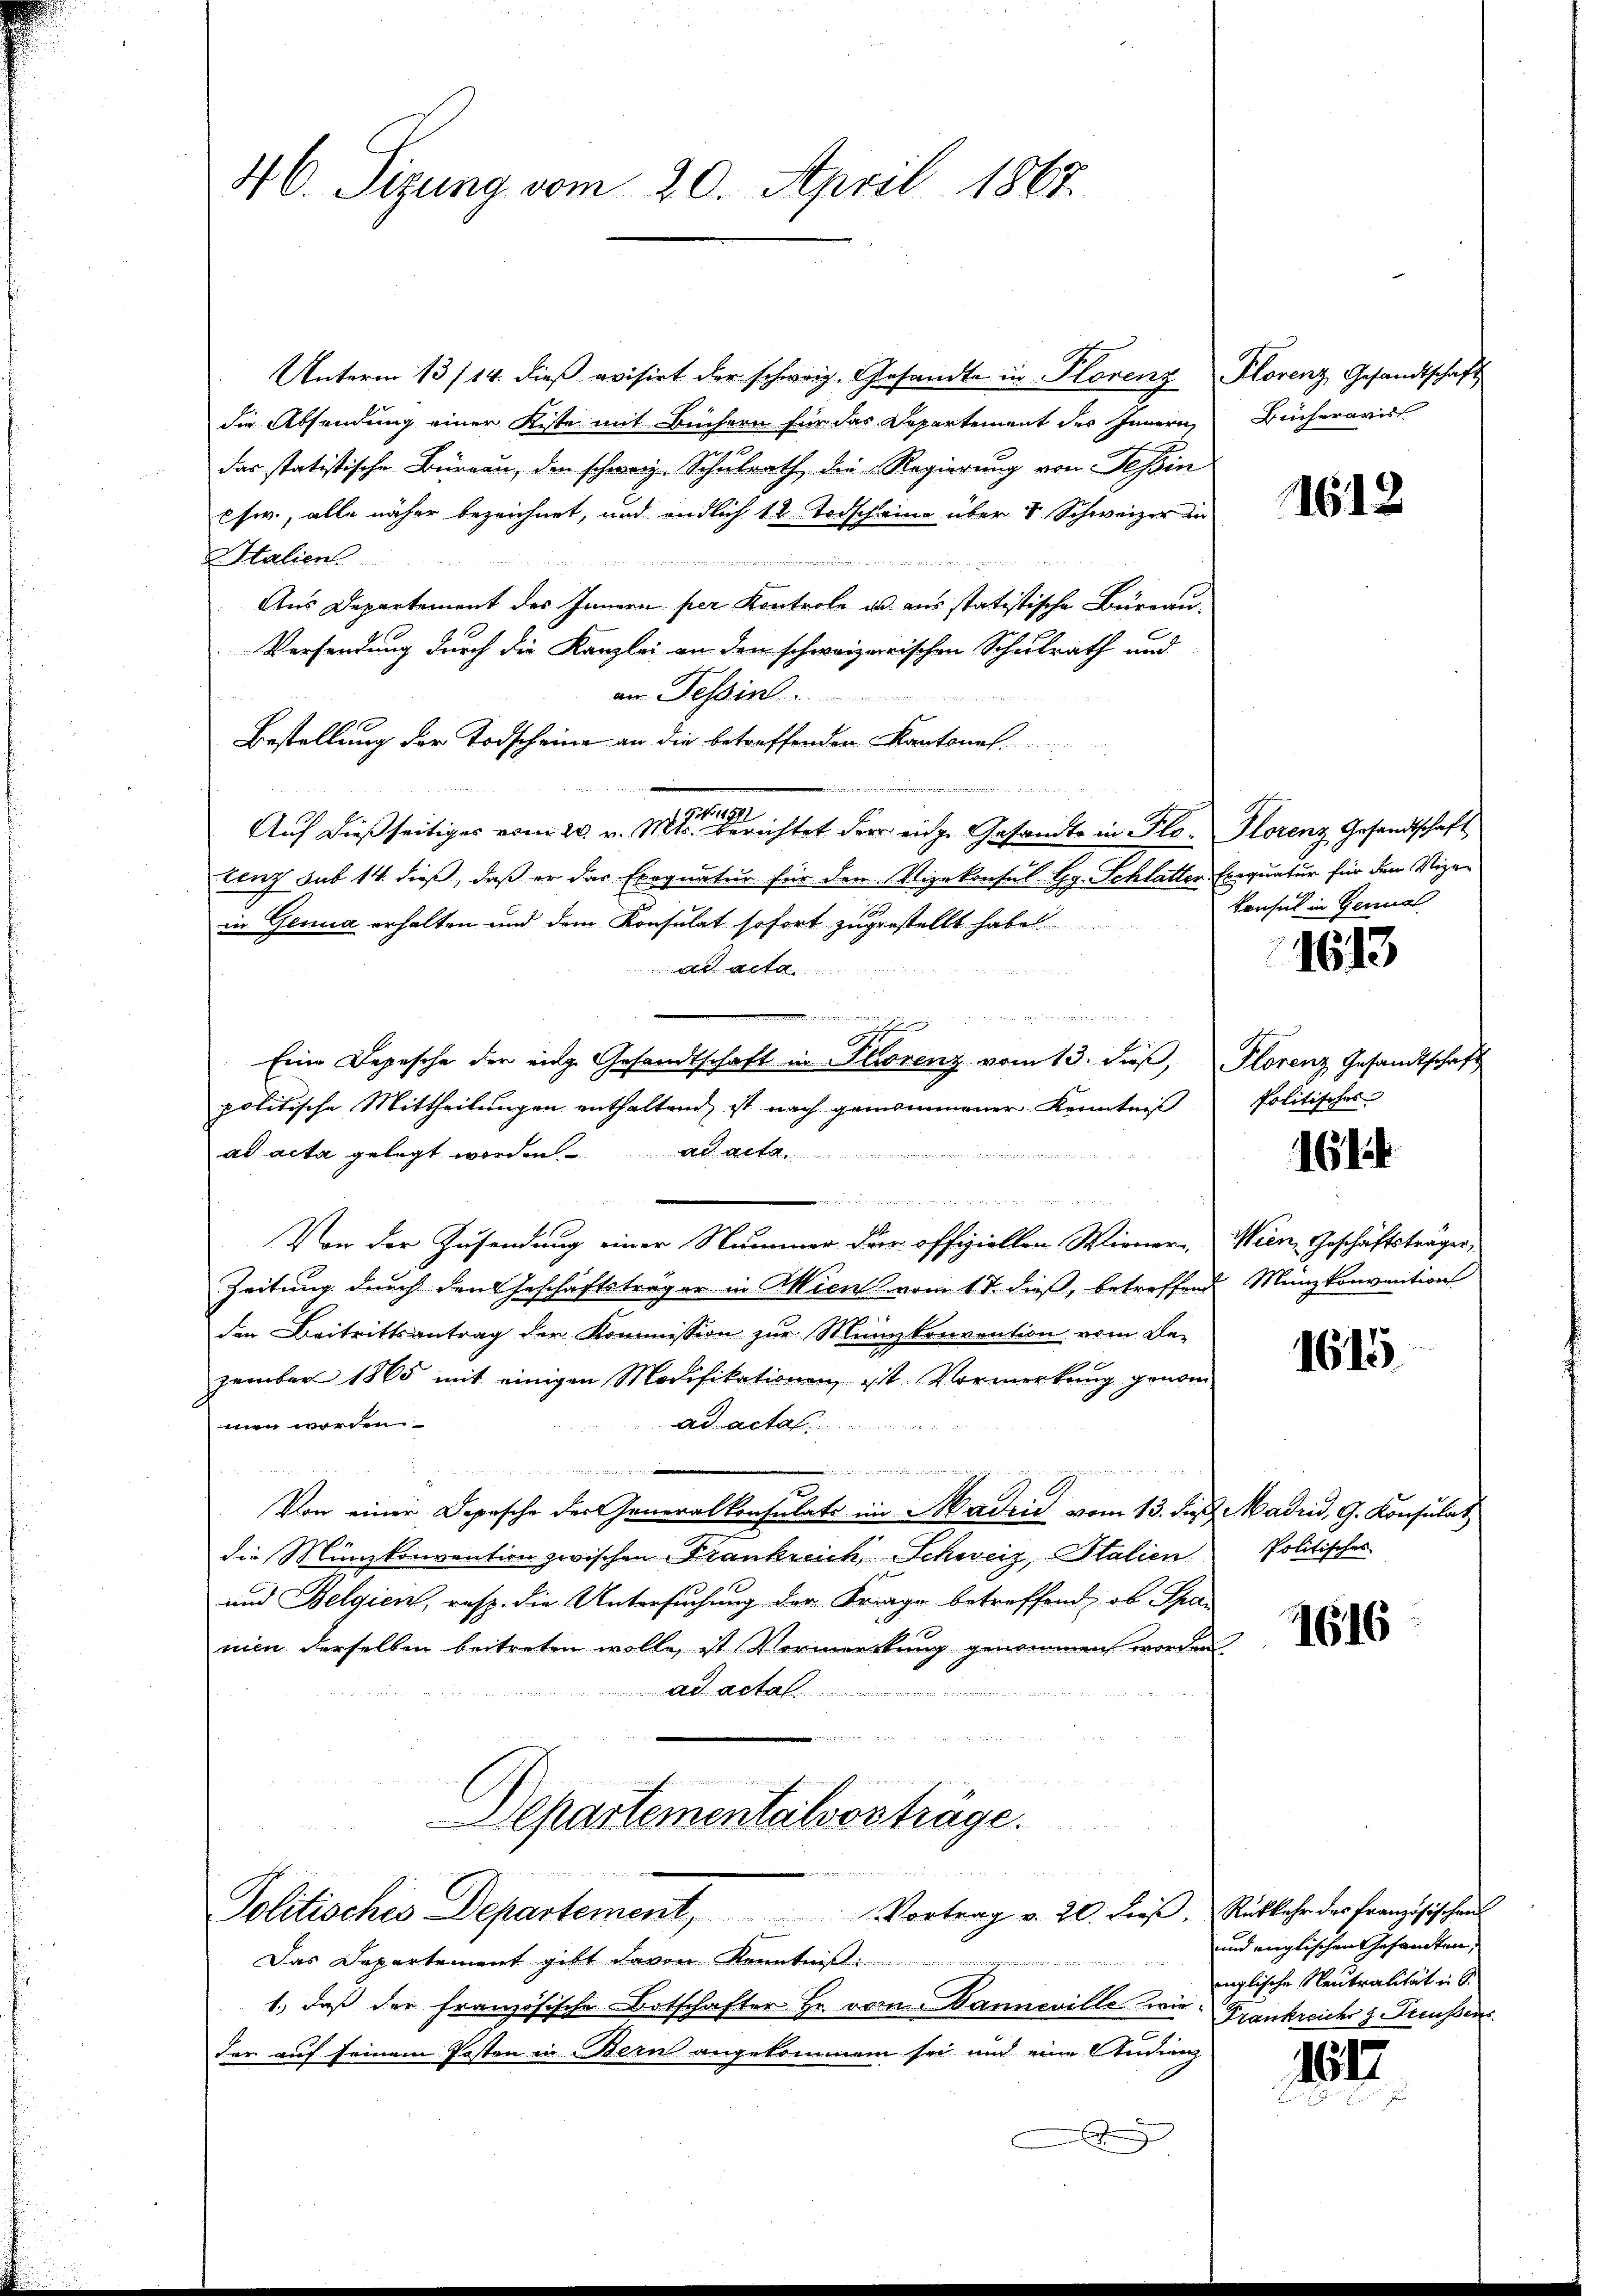
46. Sizung vom 20. April 1867.

Unterm 13/14. dieß evisirt der schweiz. Gesandte in Plorenz Plorenz Gesandtschaft
die Absendung einer Kiste mit Büchern für das Departement des Innern,
das statistische Bürgau, den schweiz. Schulrath die Regierung von Tessin
sw., alle näher bezeichnet, und endlich 12 Todscheine über 8 Schweizer in
Italien

Aus Departement des Innern per Kontrole es aus statistische Büreau-
Versendung durch die Kanzlei an den schweizerischen Schulrath und
am Tessin.
Bestellung der Todscheine an die betreffenden Kantonal

Auf dießseitiges vom 20. v. Mts. Berichtet der einge Gesandte in Flo- Florenz Gesandtschaft
tenz sub 14 dieß, daß er das Exegnatur für den Vizekonsul Hg. Schlatten Exequatur für den Vizen
in Genua erhalten und dem Konsulat sofort zugestellt habe
d aeta
.
.
Eine Depesche der einge Gesandtschaft in Strorenz vom 13. dieβ, Plorenz Gesandtschaft
politische Mittheilungen enthaltend, ist nach genommener Kenntniß
ad acta gelegt worden. ad acta.
           es wegen sich in der in de
Von der Zusendung einer Nummer der offiziellen Wiener-
Zeitung durch den Geschäftsträger in Aktien vom 17. dieß, betreffend Münzkonvention
den Beitrittsantrag der Kommission zur Münzkonvention vom Bezember 1865 mit einigen Modifikationen ist. Vormerkung genom-
ad actal
men worden.
u
 Eigen

Von einer Depesche der Generalkonsulate im Madrić vom 13. dieß, Madrid, G. Konsulat
die Münzkonvention zwischen Frankreich Schweiz, Italien
und Belgien, resp. die Untersuchung der Friage betreffend, ob Spa-
nien derselben beitreten wolle, ist Vormerckung genommen worden
ad acta

Departementalvorträge.

Politisches Departement, Vortrag v. 20. dieβ. Rückkehr des Französischen

Beicherarist

Das Departement gibt davon Kenntniß:
1., daß der französische Botschafter Hr. vom Banneville wie
der auf seinem Posten in Bern angekommen sei und eine Audienz
.

1612

Konsul in Genual

1613

Politisches

161

Wien, Geschäftsträger,

1615

Politisches

1616

und englischen Gesamten,
inglische Neutralität in G.
Frankreichs Mussers

1617